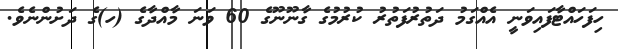
ހިފަހައްޓާފައިވަނީ އެއްގަމު ދަތުރުފަތުރު ކުރުމުގެ ގާނޫނޫގެ 60 ވަނަ މާއްދާގެ (ހ)ގެ ދަށުންނެވެ.